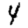
Digit: 4